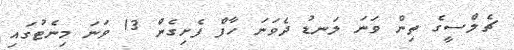
ޗެލްސީގެ ތިން ވަނަ ލަނޑު ދެވަނަ ހާފް ފެށިގެން 13 ވަނަ މިނެޓުގައި